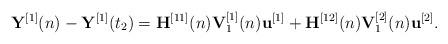
LaTeX: \begin{align*}{{\bf{Y}}^{[1]}}(n) - {{\bf{Y}}^{[1]}}({t_2}) = {{\bf{H}}^{[11]}}(n){\bf{V}}_1^{[1]}(n){{\bf{u}}^{[1]}} + {{\bf{H}}^{[12]}}(n){\bf{V}}_1^{[2]}(n){{\bf{u}}^{[2]}}.\end{align*}